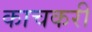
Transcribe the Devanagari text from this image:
काचकरी